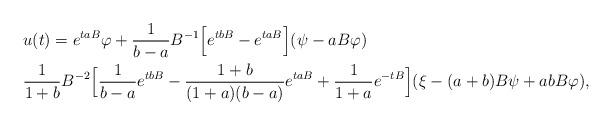
LaTeX: \begin{align*}\begin{aligned}&u(t)=e^{taB}\varphi+\dfrac{1}{b-a}B^{-1}\Big[e^{tbB}-e^{taB}\Big](\psi -aB\varphi)\\&\dfrac{1}{1+b}B^{-2}\Big[\dfrac{1}{b-a}e^{tbB}-\dfrac{1+b}{(1+a)(b-a)}e^{taB}+\dfrac{1}{1+a}e^{-tB}\Big](\xi-(a+b)B\psi+abB\varphi),\end{aligned}\end{align*}